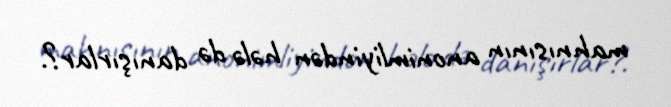
mahnısının anonimliyindən hələ də danışırlar?.